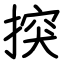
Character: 揬